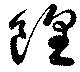
餭